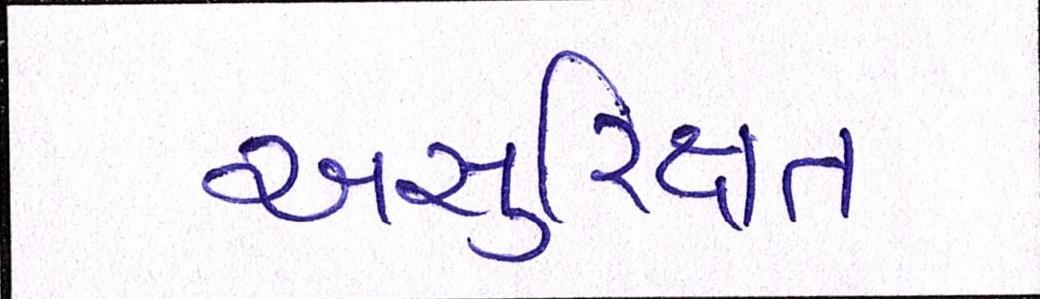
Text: અસુરિક્ષત